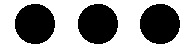
...